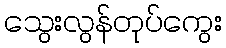
သွေးလွန်တုပ်ကွေး